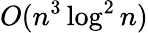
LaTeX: O(n^{3}\log^{2}n)